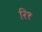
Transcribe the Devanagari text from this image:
रि१